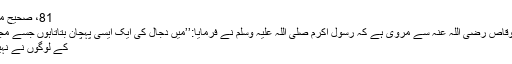
81، صحیح مسلم8؍193)
سعد بن ابی وقاص رضی اللہ عنہ سے مروی ہے کہ رسول اکرم صلی اللہ علیہ وسلم نے فرمایا:’’میں دجال کی ایک ایسی پہچان بتاتاہوں جسے مجھ سے پہلے
کے لوگوں نے نہیں بتائی ہے۔